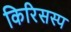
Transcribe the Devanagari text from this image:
किरिसस्प